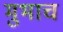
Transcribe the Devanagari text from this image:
मुभाच